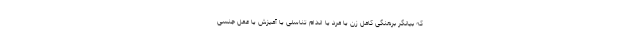
که بیانگر برهنگی کامل زن یا مرد یا اندام تناسلی یا آمیزش یا عمل جنسی